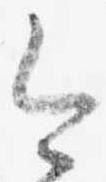
今